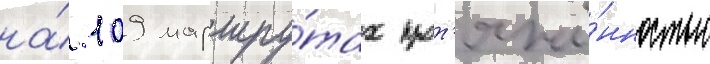
на́ 109 маршру́тах прот'яжё́нностью